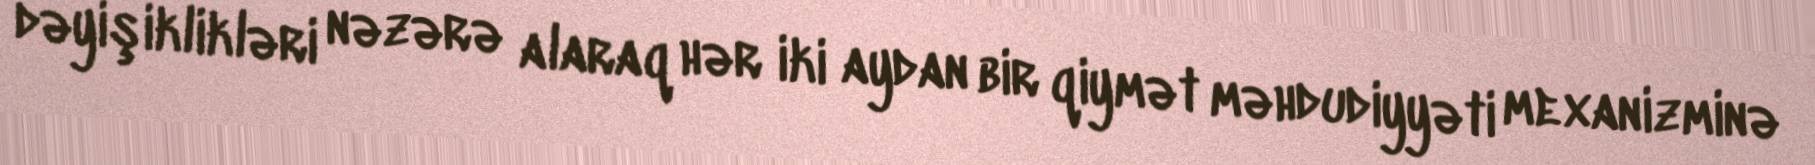
dəyişiklikləri nəzərə alaraq hər iki aydan bir qiymət məhdudiyyəti mexanizminə